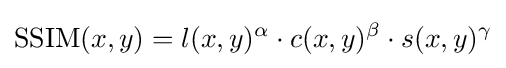
{\text{SSIM}}(x,y)=l(x,y)^{\alpha }\cdot c(x,y)^{\beta }\cdot s(x,y)^{\gamma }